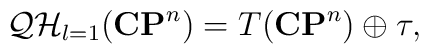
{\cal QH}_{l=1}({\bf CP}^n)=T({\bf CP}^n)\oplus\tau,